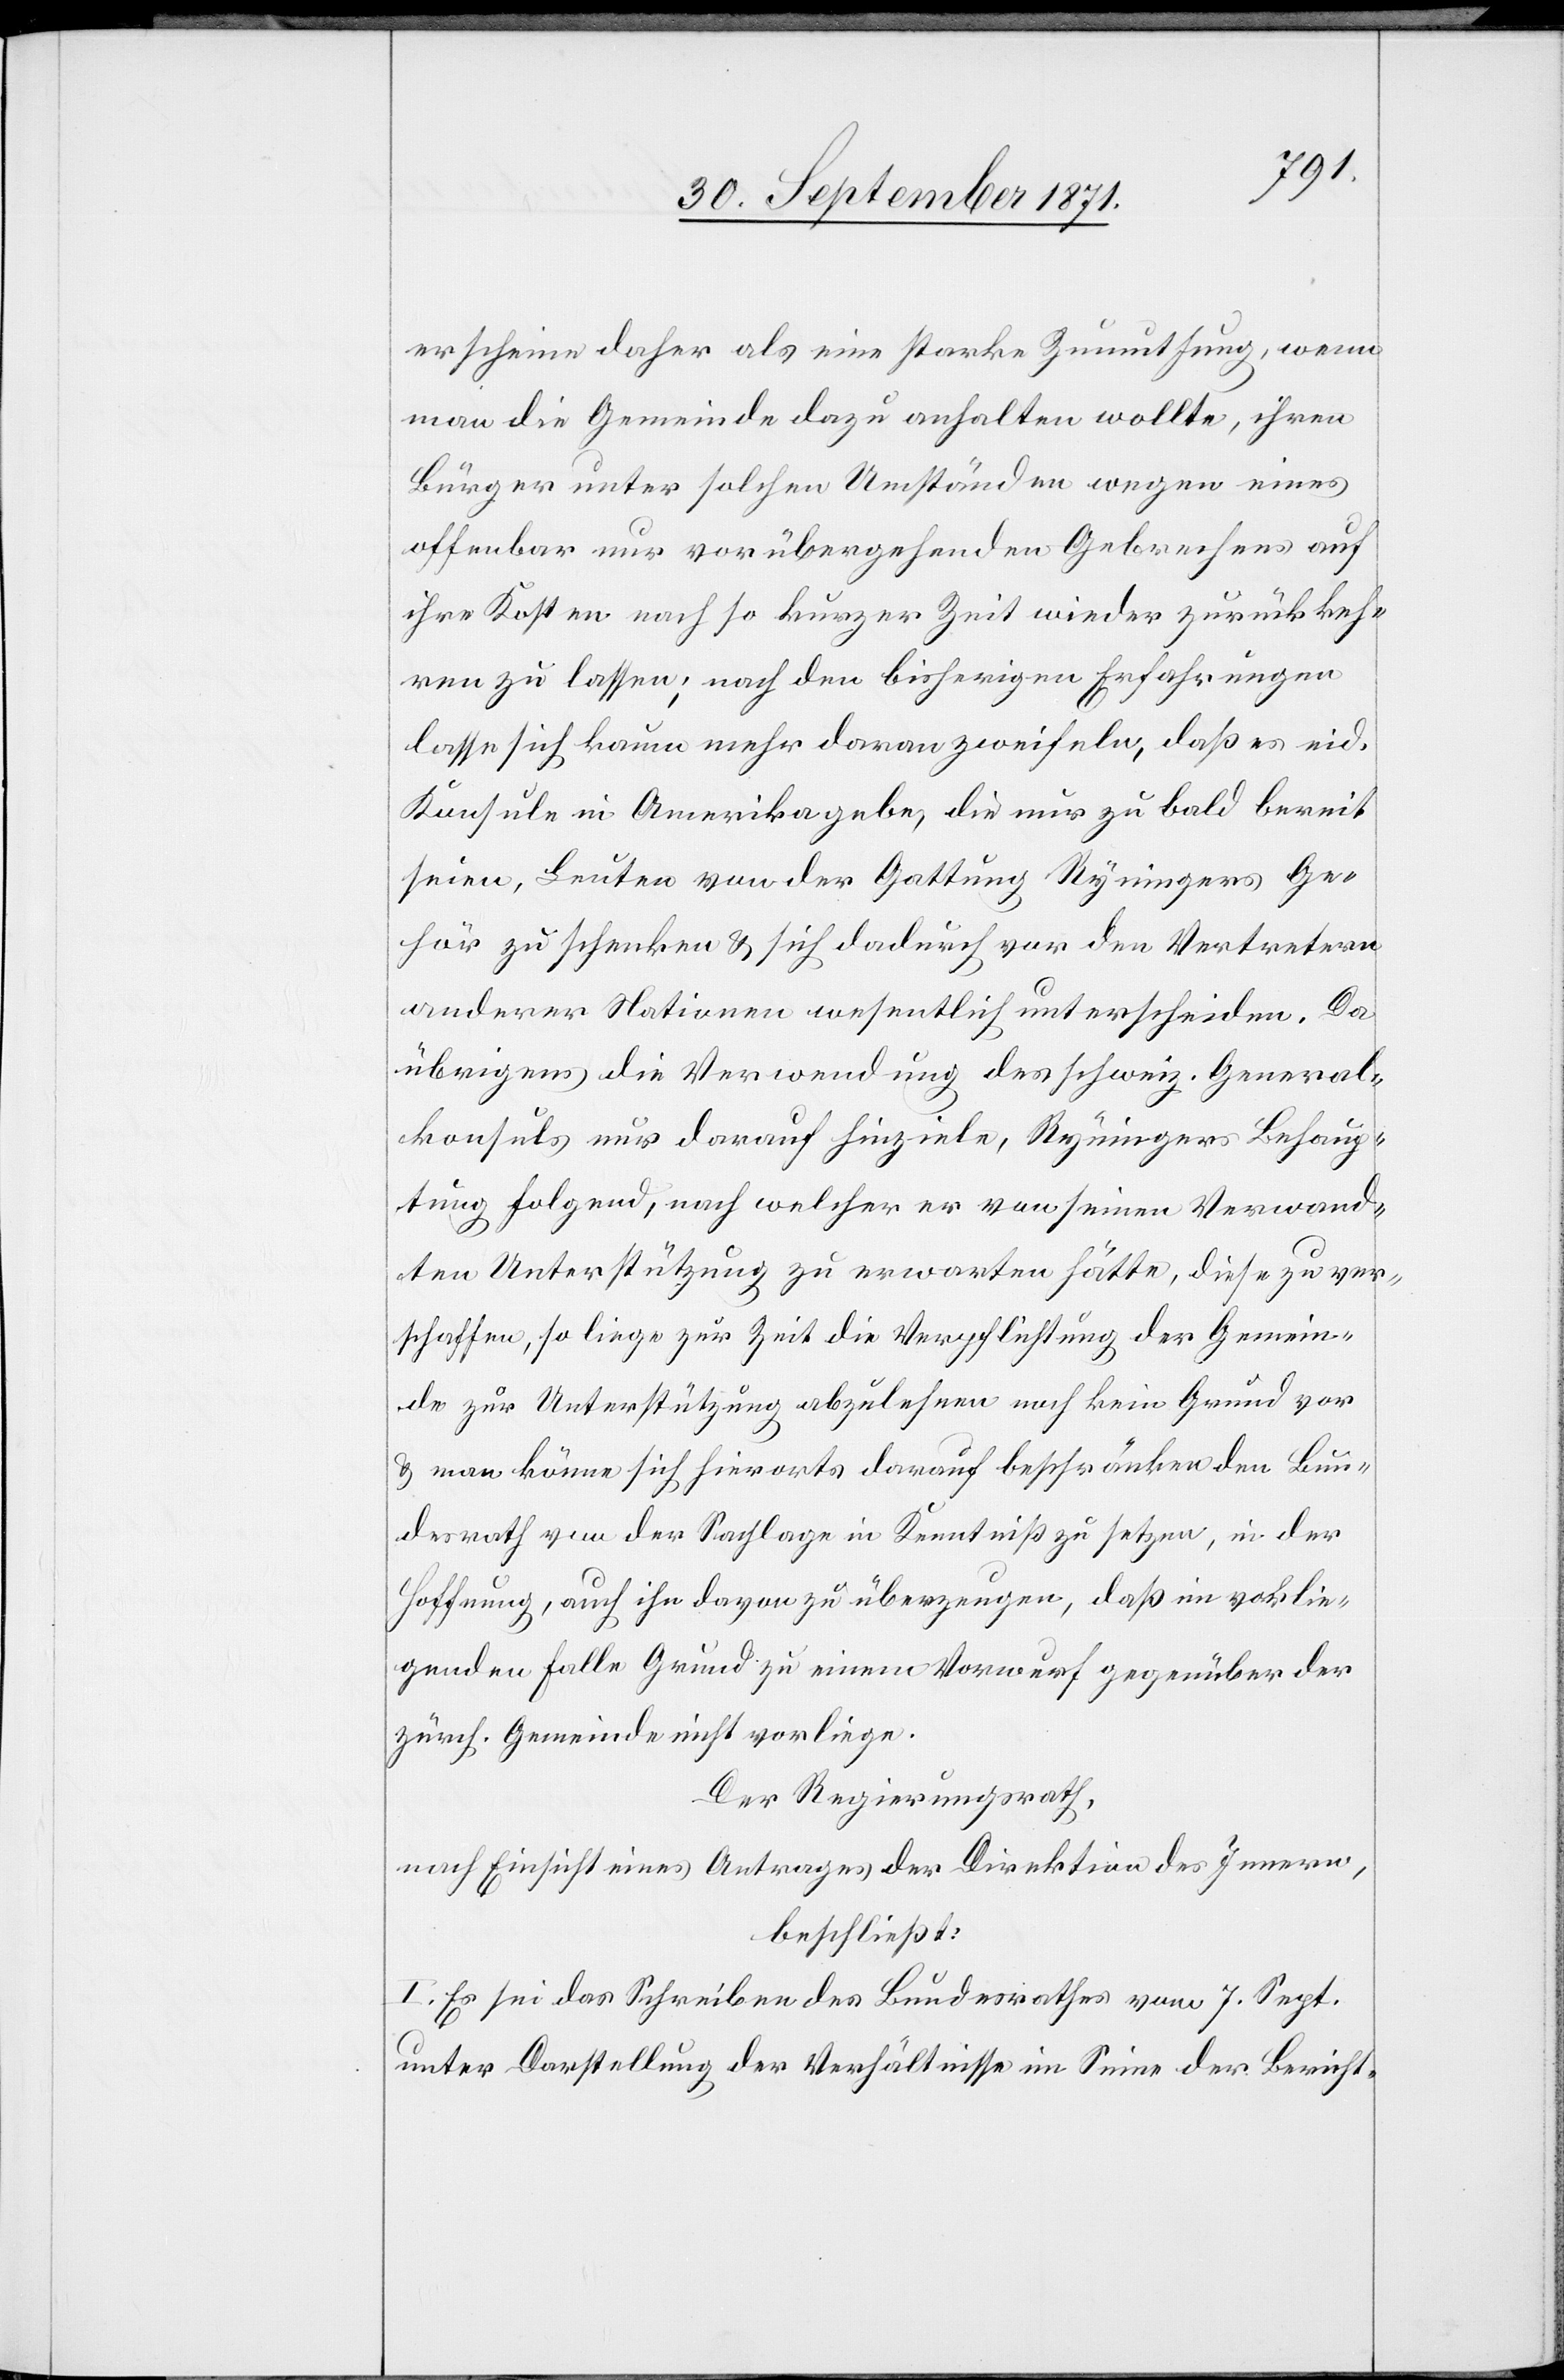
erscheine daher als eine starke Zumuthung, wenn
man die Gemeinde dazu anhalten wollte, ihren
Bürger unter solchen Umständen wegen eines
offenbar nur vorübergehenden Gebrechens auf
ihre Kosten nach so kurzer Zeit wieder zurückkeh¬
ren zu lassen, nach den bisherigen Erfahrungen
lasse sich kaum mehr daran zweifeln, daß es eid.
Konsuln in Amerika gebe, die nur zu bald bereit
seien, Leuten von der Gattung Ryningers Ge¬
hör zu schenken & sich dadurch von den Vertretern
anderer Nationen wesentlich unterscheiden. Da
übrigens die Verwendung des schweiz. General¬
konsuls nur darauf hinziele, Ryningers Behaup¬
tung folgend, nach welcher er von seinen Verwand¬
ten Unterstützung zu erwarten hätte, diese zu ver¬
schaffen, so liege zur Zeit die Verpflichtung der Gemein¬
de zur Unterstützung abzulehnen noch kein Grund vor
& man könne sich hierorts darauf beschränken den Bun¬
desrath von der Sachlage in Kenntniß zu setzen, in der
Hoffnung, auch ihn davon zu überzeugen, daß im vorlie¬
genden Falle Grund zu einem Vorwurf gegenüber der
zürch. Gemeinde nicht vorliege.
Der Regierungsrath,
nach Einsicht eines Antrages der Direktion des Innern,
beschließt:
I. Es sei das Schreiben des Bundesrathes vom 7. Sept.
unter Darstellung der Verhältnisse im Sinn der Bericht-